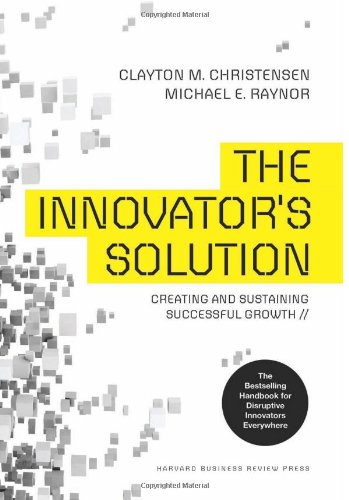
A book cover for The Innovator's Solution: Creating and Sustaining Successful Growth; Clayton M. Christensen; Business & Money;